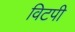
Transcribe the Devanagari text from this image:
विटपी